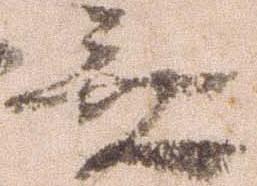
無